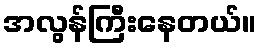
အလွန်ကြီးနေတယ်။